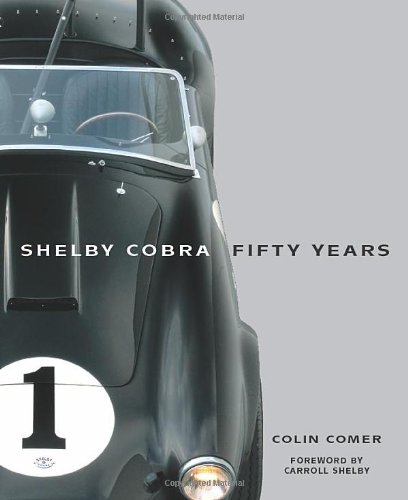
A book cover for Shelby Cobra Fifty Years; Colin Comer; Engineering & Transportation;